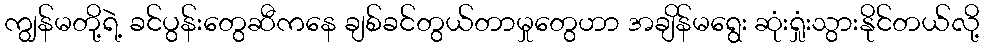
ကျွန်မတို့ရဲ့ ခင်ပွန်းတွေဆီကနေ ချစ်ခင်တွယ်တာမှုတွေဟာ အချိန်မရွေး ဆုံးရှုံးသွားနိုင်တယ်လို့